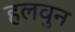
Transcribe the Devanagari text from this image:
हलवुन